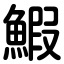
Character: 鰕